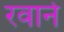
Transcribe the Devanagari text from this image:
रवाने